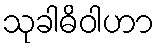
သုခါဓိဝါဟာ